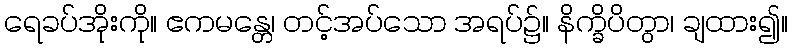
ရေခပ်အိုးကို။ ဧကမန္တေ၊ တင့်အပ်သော အရပ်၌။ နိက္ခိပိတွာ၊ ချထား၍။